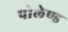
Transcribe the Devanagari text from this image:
पोलेण्ड